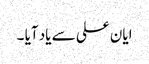
ایان علی سے یاد آیا ۔